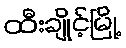
ထီးချိုင့်မြို့